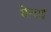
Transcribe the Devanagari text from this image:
सेन्दाई